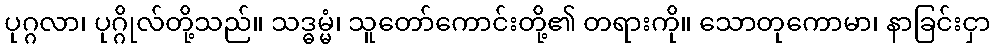
ပုဂ္ဂလာ၊ ပုဂ္ဂိုလ်တို့သည်။ သဒ္ဓမ္မံ၊ သူတော်ကောင်းတို့၏ တရားကို။ သောတုကောမာ၊ နာခြင်းငှာ